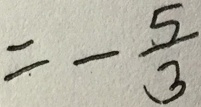
= - \frac { 5 } { 3 }